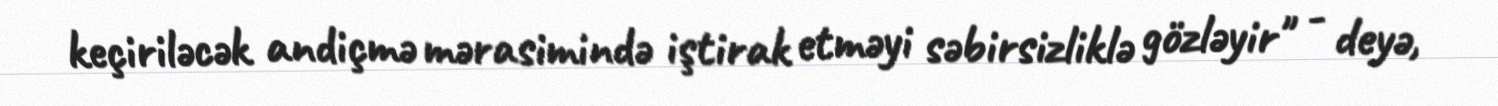
keçiriləcək andiçmə mərasimində iştirak etməyi səbirsizliklə gözləyir" - deyə,